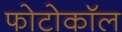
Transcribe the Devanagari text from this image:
फोटोकॉल